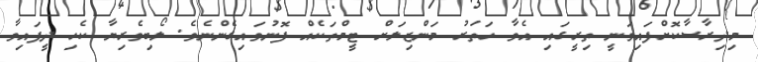
މިދިރާސާކޮށްފައިވަނީ ތިރީގައި އެވާ ހަތަރު މަންޒިލަށް ޓީމްތަކެއް ފޮނުވައިގެންނެވެ. ލޯބިވެރިޔާ ކެހި ދީފައިވާ